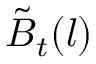
\tilde { B } _ { t } ( l )